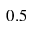
0 . 5